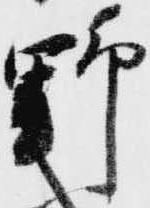
野